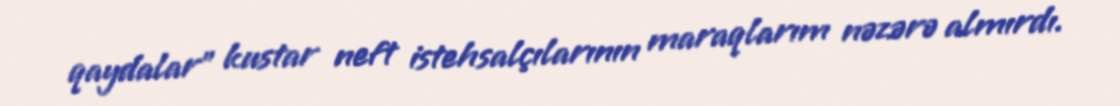
qaydalar" kustar neft istehsalçılarının maraqlarım nəzərə almırdı.